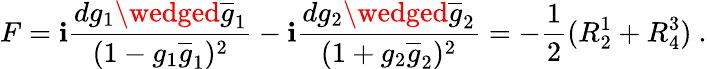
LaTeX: F=\mathbf{i}\frac{{dg_{1}\wedged\overline{{{{g}}}}_{1}}}{{(1-g_{1}\overline{{{{g}}}}_{1})^{2}}}-\mathbf{i}\frac{{dg_{2}\wedged\overline{{{{g}}}}_{2}}}{{(1+g_{2}\overline{{{{g}}}}_{2})^{2}}}=-\frac{{1}}{{2}}(R_{2}^{1}+R_{4}^{3})~.